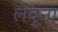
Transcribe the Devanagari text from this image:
लदूना